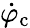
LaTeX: \dot{\varphi}_{\mathrm{c}}